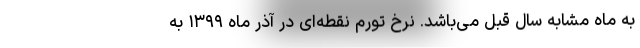
به ماه مشابه سال قبل می‌باشد. نرخ تورم نقطه‌ای در آذر ماه ١٣٩٩ به